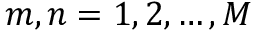
m , n = 1 , 2 , \ldots , M